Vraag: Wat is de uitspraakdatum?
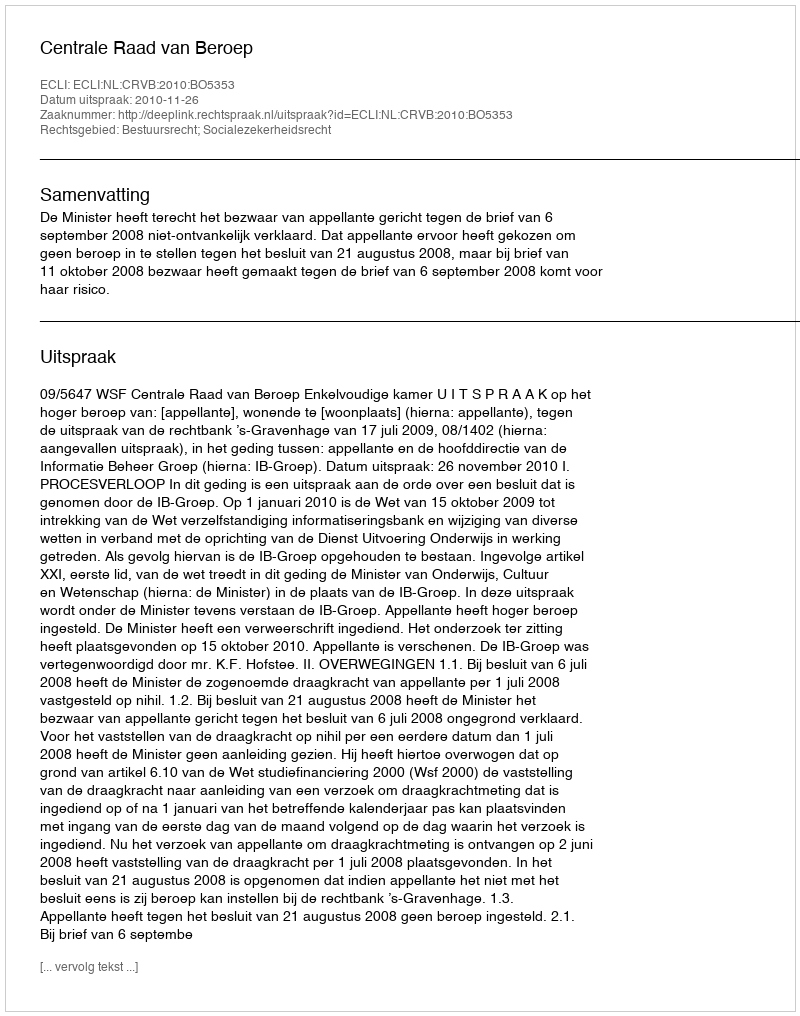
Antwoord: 2010-11-26